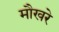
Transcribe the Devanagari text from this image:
मौखरे